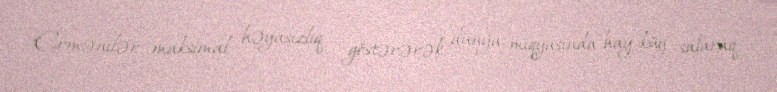
Ermənilər maksimal həyasızlıq göstərərək, dünya miqyasında hay-küy salaraq,